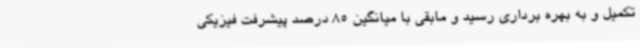
تکمیل و به بهره برداری رسید و مابقی با میانگین 85 درصد پیشرفت فیزیکی